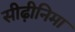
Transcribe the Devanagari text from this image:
सीढ़ीनिमा